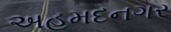
અહમદનગર